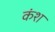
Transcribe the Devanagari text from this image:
कंश